画像に写った文字を読んでください
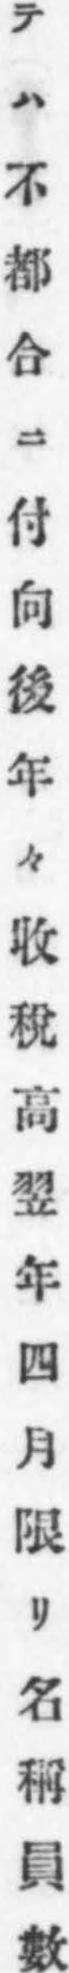
「テハ不都合ニ付向後年々收稅高翌年四月限リ名稱員數」と書いてあります